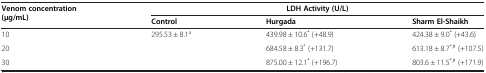
<table><thead><tr><td rowspan="2"><b>Venom concentration (μg/mL)</b></td><td colspan="3"><b>LDH Activity (U/L)</b></td></tr><tr><td><b>Control</b></td><td><b>Hurgada</b></td><td><b>Sharm El-Shaikh</b></td></tr></thead><tbody><tr><td>10</td><td>295.53 ± 8.1<sup>a</sup></td><td>439.98 ± 10.6<sup>*</sup> (+48.9)</td><td>424.38 ± 9.0<sup>*</sup> (+43.6)</td></tr><tr><td>20</td><td> </td><td>684.58 ± 8.3<sup>*</sup> (+131.7)</td><td>613.18 ± 8.7<sup>*,#</sup> (+107.5)</td></tr><tr><td>30</td><td> </td><td>875.00 ± 12.1<sup>*</sup> (+196.7)</td><td>803.6 ± 11.5<sup>*,#</sup> (+171.9)</td></tr></tbody></table>